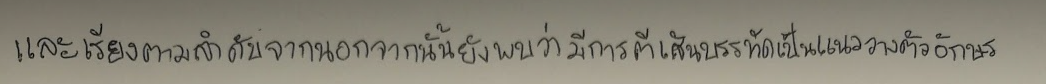
และเรียงตามลำดับจากนอกจากนั้นยังพบว่ามีการตีเส้นบรรทัดเป็นแนววางตัวอักษร